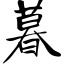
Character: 暮